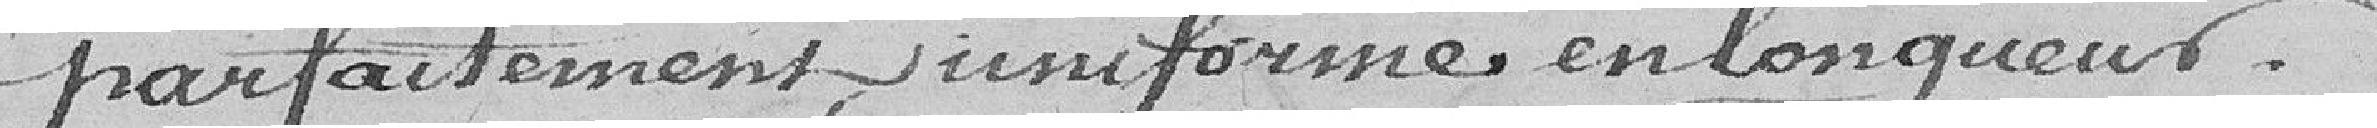
parfaitement uniforme en longueur.